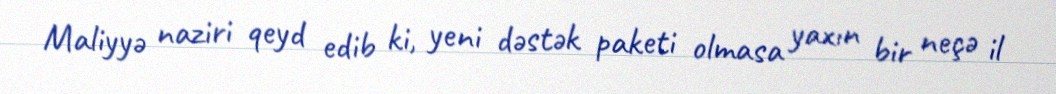
Maliyyə naziri qeyd edib ki, yeni dəstək paketi olmasa yaxın bir neçə il